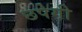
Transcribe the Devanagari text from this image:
छपेगी